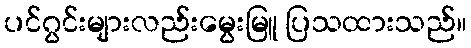
ပင်ဂွင်းများလည်းမွေးမြူ ပြသထားသည်။